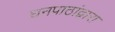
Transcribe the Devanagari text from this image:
घनपाठांद्वारा